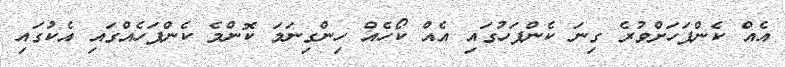
އެއް ކެންޕަހަށްވުރެ ގިނަ ކެންޕަހުގައި އެއް ކޯހެއް ހިންގިނަމަ ކޮންމެ ކެންޕަހެއްގައި އެކުގައި